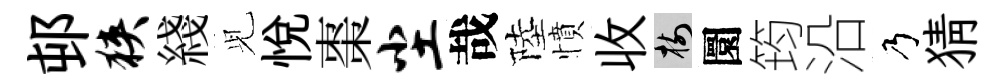
邨狭綫𫤗悦棗尘哉陸憤收樹圜筠沿乃猜